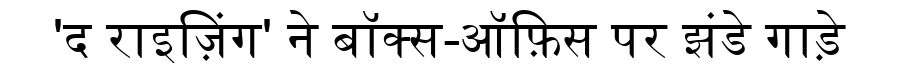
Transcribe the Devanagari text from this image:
'द राइज़िंग' ने बॉक्स-ऑफ़िस पर झंडे गाड़े